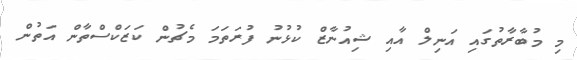
މި މުބާރާތުގައި އަނިލް އާއި ޝިއުނާޒް ކުޅުނު ފުރަތަމަ މެޗުން ކަޒަކްސްތާން އަތުން